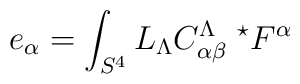
e_\alpha = \int _{S^4} L_ \Lambda C _{\alpha\beta}^{\Lambda \ \ \star} F^\alpha